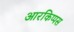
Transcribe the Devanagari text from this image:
आरकिप्पस